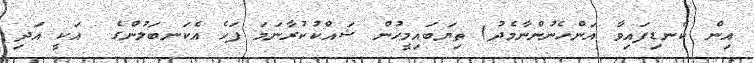
އިން ކެނޑިފައިވާ އަންހެނުންނާމެދު) ތިޔަބައިމީހުން ޝައްކުކުރާނަމަ ފަހެ އެކަނބަލުންގެ  އަކީ އަދި